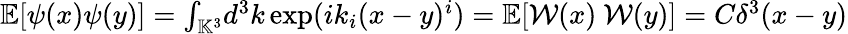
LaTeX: \begin{array}{r}{{\mathbb{E}}[\psi(x)\psi(y)]={\int}_{\mathbb{K}^{3}}d^{3}k\exp(ik_{i}(x-y)^{i})={\mathbb{E}}[\mathcal{W}(x)~\mathcal{W}(y)]={C}\delta^{3}(x-y)}\end{array}